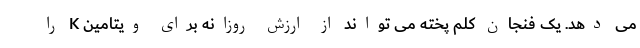
می دهد. یک فنجان کلم پخته می تواند از ارزش روزانه برای ویتامین K را